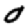
Digit: 0